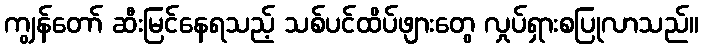
ကျွန်တော် ဆီးမြင်နေရသည့် သစ်ပင်ထိပ်ဖျားတွေ လှုပ်ရှားစပြုလာသည်။